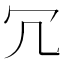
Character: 冗